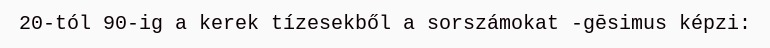
20-tól 90-ig a kerek tízesekből a sorszámokat -gēsimus képzi: